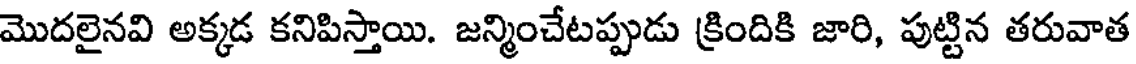
మొదలైనవి అక్కడ కనిపిస్తాయి. జన్మించేటప్పుడు క్రిందికి జారి, పుట్టిన తరువాత